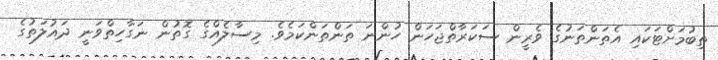
ތިބުމަށްޓަކައި އެތަންތަނުގެ ވެރީން ސަކަރާތްޖަހަން ހުންނަ ތަންތަންކަމެވެ. މިސާލެއްގެ ގޮތުން ނަގާހިތްވަނީ ދައުލަތުގެ